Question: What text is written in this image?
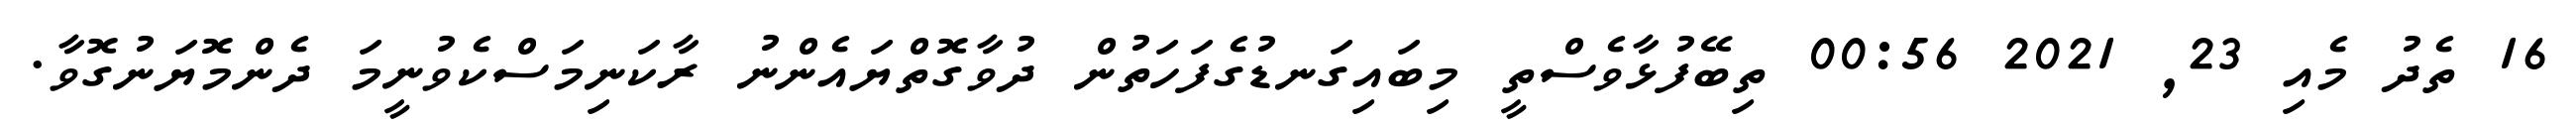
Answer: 16 ތެދު މެއި 23, 2021 00:56 ތިބޭފުޅާވެސްތީ މިބައިގަނޑުގެފަހަތުން ދުވާގޮތްޔައެންނު ރާކަނިމަސްކެވުނީމަ ދެންމޮޔަނުގޮވާ.